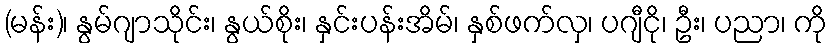
(မန်း)၊ နွမ်ဂျာသိုင်း၊ နွယ်စိုး၊ နှင်းပန်းအိမ်၊ နှစ်ဖက်လှ၊ ပဂျီငို၊ ဦး၊ ပညာ၊ ကို